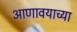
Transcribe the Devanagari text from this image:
आणावयाच्या